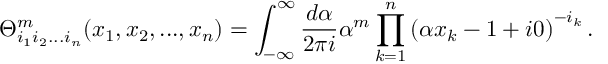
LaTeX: \Theta _ { i _ { 1 } i _ { 2 } . . . i _ { n } } ^ { m } ( x _ { 1 } , x _ { 2 } , . . . , x _ { n } ) = \int _ { - \infty } ^ { \infty } \frac { d \alpha } { 2 \pi i } \alpha ^ { m } \prod _ { k = 1 } ^ { n } \left( \alpha x _ { k } - 1 + i 0 \right) ^ { - i _ { k } } .